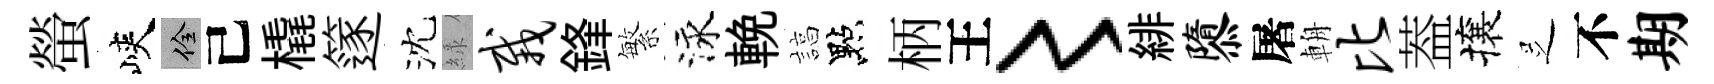
螢峽佺己橇篴沈緑栽鋒繁泳輓諄點柄王〻緋隳屠輈比葢攘𠯁不期